Annual administration and progress report of the Indian Medical Department, Bombay
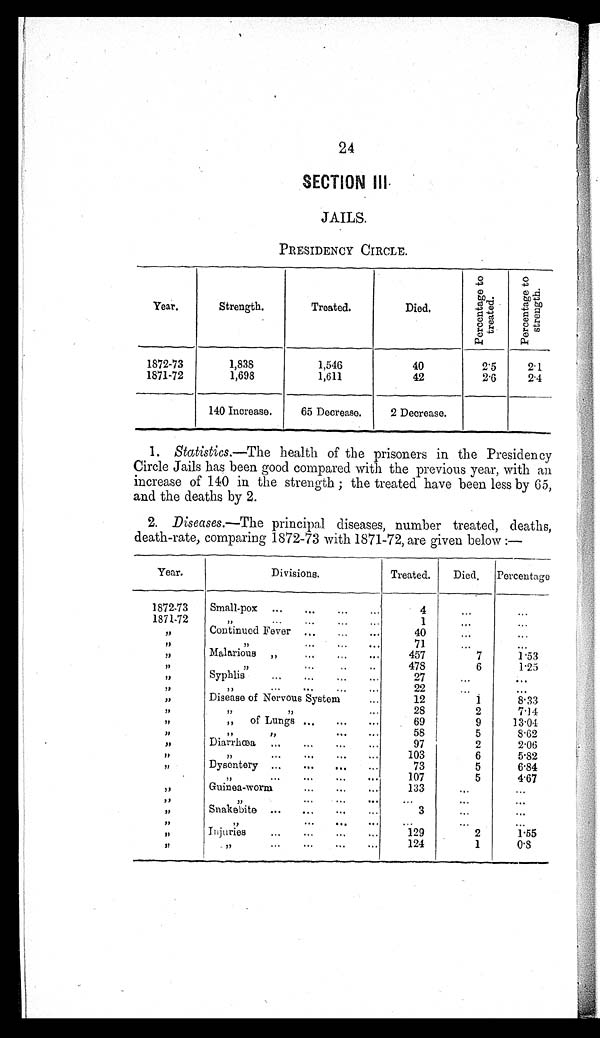
24
SECTION III
JAILS.
PRESIDENCY CIRCLE.
Year.
Strength.
Treated.
Died.
P e r c e n t a g e t o t r e a t e d .
P e r c e n t a g e t o s t r e n g t h .
1872-73
1,838
1,546
40
2.5
2.1
1871-72
1,698
1,611
42
2.6
2.4
140 Increase.
65 Decrease.
2 Decrease.
1. Statistics.—The health of the prisoners in the Presidency
Circle Jails has been good compared with the previous year, with an
increase of 140 in the strength ; the treated have been less by 65,
and the deaths by 2.
2. Diseases. —The principal diseases, number treated, deaths,
death-rate, comparing 1872-73 with 1871-72, are given below :—
Year.
Divisions.
Treated.
Died.
Percentage
1872-73
Small-pox ...
. . .
...
...
4
. . .
...
1871-72 ,,
. . .
. . . .
. . .
. . .
1
. . .
...
, , Continued Fever . . .
...
...
40
. . .
...
, , ,,
. . .
. . .
. . .
71
...
...
, , Malarious
, ,
. . . ...
...
457
7
1.53
, , ,,
. . .
. .
. .
478
6
1.25
, , Syphlis
...
...
...
...
27
...
...
, , ,,
. . .
. . .
. . .
. . .
22
. . .
...
, ,
Disease of Nervous System
...
12
1
8.33
, , ,,
, ,
. . .
28
2
7.14
, ,
,, of Lungs ...
...
...
69
9
13.04
, ,
, ,
, ,
. . .
. . .
58
5
8.62
, , Diarrhœa,
. . .
. . .
. . .
. . .
97
2
2.06
, , ,,
. . .
. . .
. . .
. . .
103
6
5.82
, , Dysentery
. . .
. .
. . .
. . .
73
5
6.84
,,
. . .
. . .
. . .
. . .
107
5
4.67
, , Guinea-worm
...
...
...
133
. . .
. . .
, ,
,,
. . .
. . .
. . .
. . .
. . .
...
, , Snakebite
. . .
...
. . .
. . .
3
. . .
...
, , ,,
. . . . . .
. . .
. . .
. . .
. . . .
. . .
. . .
. . .
129
2
1.55
, ,
Injuries
...
, ,
. . .
. . .
. . .
. . .
124
1
0.8
, ,